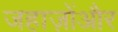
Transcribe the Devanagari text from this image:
जहाज़ोंऔर